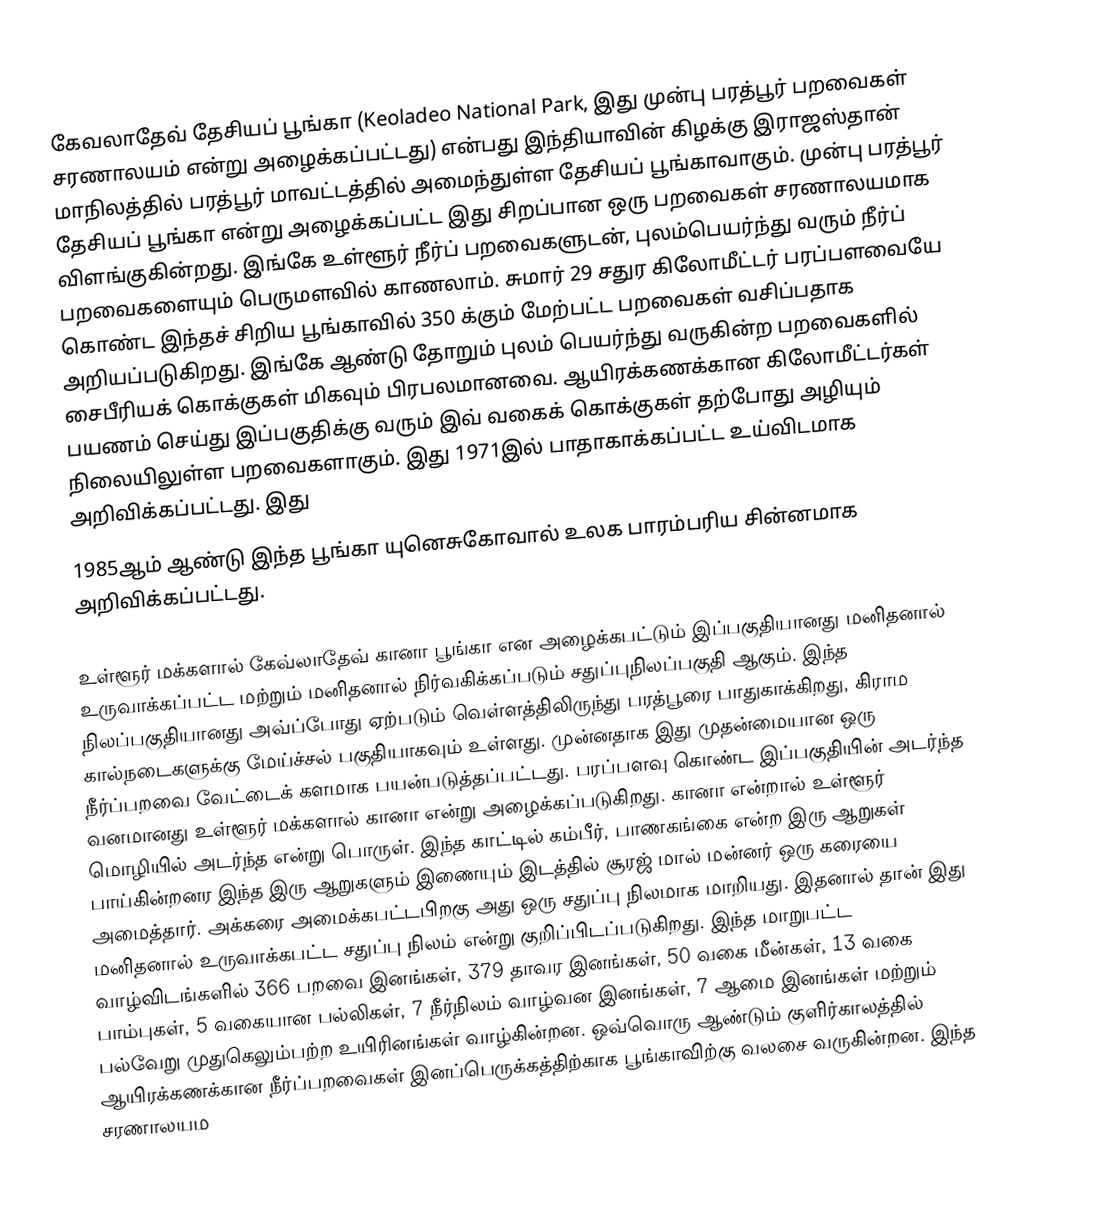
கேவலாதேவ் தேசியப் பூங்கா (Keoladeo National Park, இது முன்பு பரத்பூர் பறவைகள் சரணாலயம் என்று அழைக்கப்பட்டது) என்பது இந்தியாவின் கிழக்கு இராஜஸ்தான் மாநிலத்தில் பரத்பூர் மாவட்டத்தில் அமைந்துள்ள தேசியப் பூங்காவாகும். முன்பு பரத்பூர் தேசியப் பூங்கா என்று அழைக்கப்பட்ட இது சிறப்பான ஒரு பறவைகள் சரணாலயமாக விளங்குகின்றது. இங்கே உள்ளூர் நீர்ப் பறவைகளுடன், புலம்பெயர்ந்து வரும் நீர்ப் பறவைகளையும் பெருமளவில் காணலாம். சுமார் 29 சதுர கிலோமீட்டர் பரப்பளவையே கொண்ட இந்தச் சிறிய பூங்காவில் 350 க்கும் மேற்பட்ட பறவைகள் வசிப்பதாக அறியப்படுகிறது. இங்கே ஆண்டு தோறும் புலம் பெயர்ந்து வருகின்ற பறவைகளில் சைபீரியக் கொக்குகள் மிகவும் பிரபலமானவை. ஆயிரக்கணக்கான கிலோமீட்டர்கள் பயணம் செய்து இப்பகுதிக்கு வரும் இவ் வகைக் கொக்குகள் தற்போது அழியும் நிலையிலுள்ள பறவைகளாகும். இது 1971இல் பாதாகாக்கப்பட்ட உய்விடமாக அறிவிக்கப்பட்டது. இது
1985ஆம் ஆண்டு இந்த பூங்கா யுனெசுகோவால் உலக பாரம்பரிய சின்னமாக அறிவிக்கப்பட்டது.

உள்ளூர் மக்களால் கேவ்லாதேவ் கானா பூங்கா என அழைக்கபட்டும் இப்பகுதியானது மனிதனால் உருவாக்கப்பட்ட மற்றும் மனிதனால் நிர்வகிக்கப்படும் சதுப்புநிலப்பகுதி ஆகும். இந்த நிலப்பகுதியானது அவ்ப்போது ஏற்படும் வெள்ளத்திலிருந்து பரத்பூரை பாதுகாக்கிறது, கிராம கால்நடைகளுக்கு மேய்ச்சல் பகுதியாகவும் உள்ளது. முன்னதாக இது முதன்மையான ஒரு நீர்ப்பறவை வேட்டைக் களமாக பயன்படுத்தப்பட்டது.  பரப்பளவு கொண்ட இப்பகுதியின் அடர்ந்த வனமானது உள்ளூர் மக்களால் கானா என்று அழைக்கப்படுகிறது.  கானா என்றால் உள்ளூர் மொழியில் அடர்ந்த என்று பொருள். இந்த காட்டில் கம்பீர், பாணகங்கை என்ற இரு ஆறுகள் பாய்கின்றனர இந்த இரு ஆறுகளும் இணையும் இடத்தில் சூரஜ் மால் மன்னர் ஒரு கரையை அமைத்தார். அக்கரை அமைக்கபட்டபிறகு அது ஒரு சதுப்பு நிலமாக மாறியது. இதனால் தான் இது மனிதனால் உருவாக்கபட்ட சதுப்பு நிலம் என்று குறிப்பிடப்படுகிறது. இந்த மாறுபட்ட வாழ்விடங்களில் 366 பறவை இனங்கள், 379 தாவர இனங்கள், 50 வகை மீன்கள், 13 வகை பாம்புகள், 5 வகையான பல்லிகள், 7 நீர்நிலம் வாழ்வன இனங்கள், 7 ஆமை இனங்கள் மற்றும் பல்வேறு முதுகெலும்பற்ற உயிரினங்கள் வாழ்கின்றன. ஒவ்வொரு ஆண்டும் குளிர்காலத்தில் ஆயிரக்கணக்கான  நீர்ப்பறவைகள் இனப்பெருக்கத்திற்காக பூங்காவிற்கு வலசை வருகின்றன. இந்த சரணாலயம